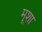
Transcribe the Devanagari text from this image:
मूशा